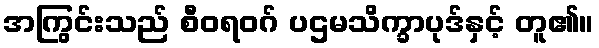
အကြွင်းသည် စီဝရဝဂ် ပဌမသိက္ခာပုဒ်နှင့် တူ၏။